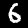
Label: 6